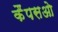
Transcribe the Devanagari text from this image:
कैंपसओ